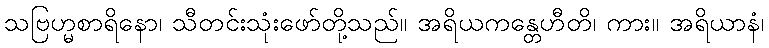
သဗြဟ္မစာရိနော၊ သီတင်းသုံးဖော်တို့သည်။ အရိယကန္တေဟီတိ၊ ကား။ အရိယာနံ၊